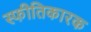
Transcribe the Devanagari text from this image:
स्फीतिकारक